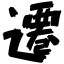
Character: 遷